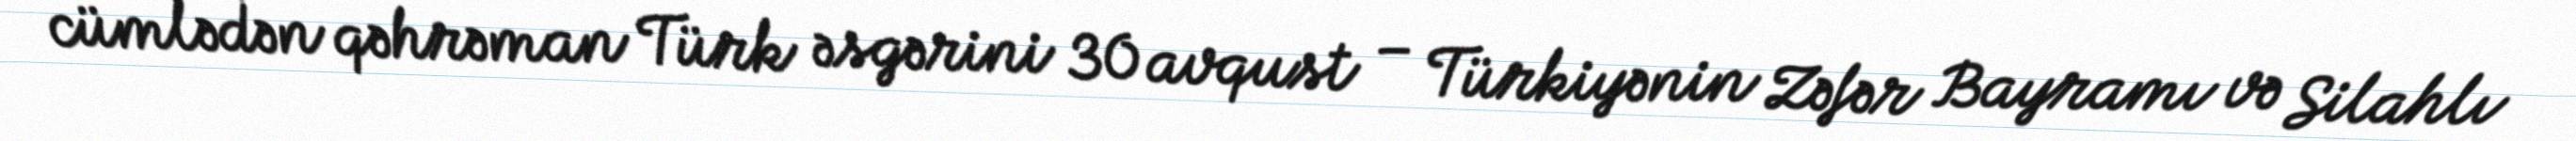
cümlədən qəhrəman Türk əsgərini 30 avqust – Türkiyənin Zəfər Bayramı və Silahlı